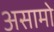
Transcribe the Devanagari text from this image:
असामो